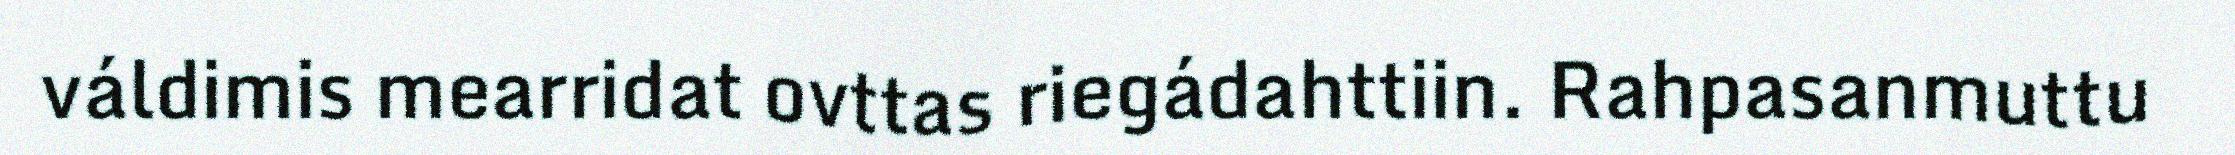
váldimis mearridat ovttas riegádahttiin. Rahpasanmuttu